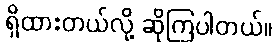
ရှိထားတယ်လို့ ဆိုကြပါတယ်။